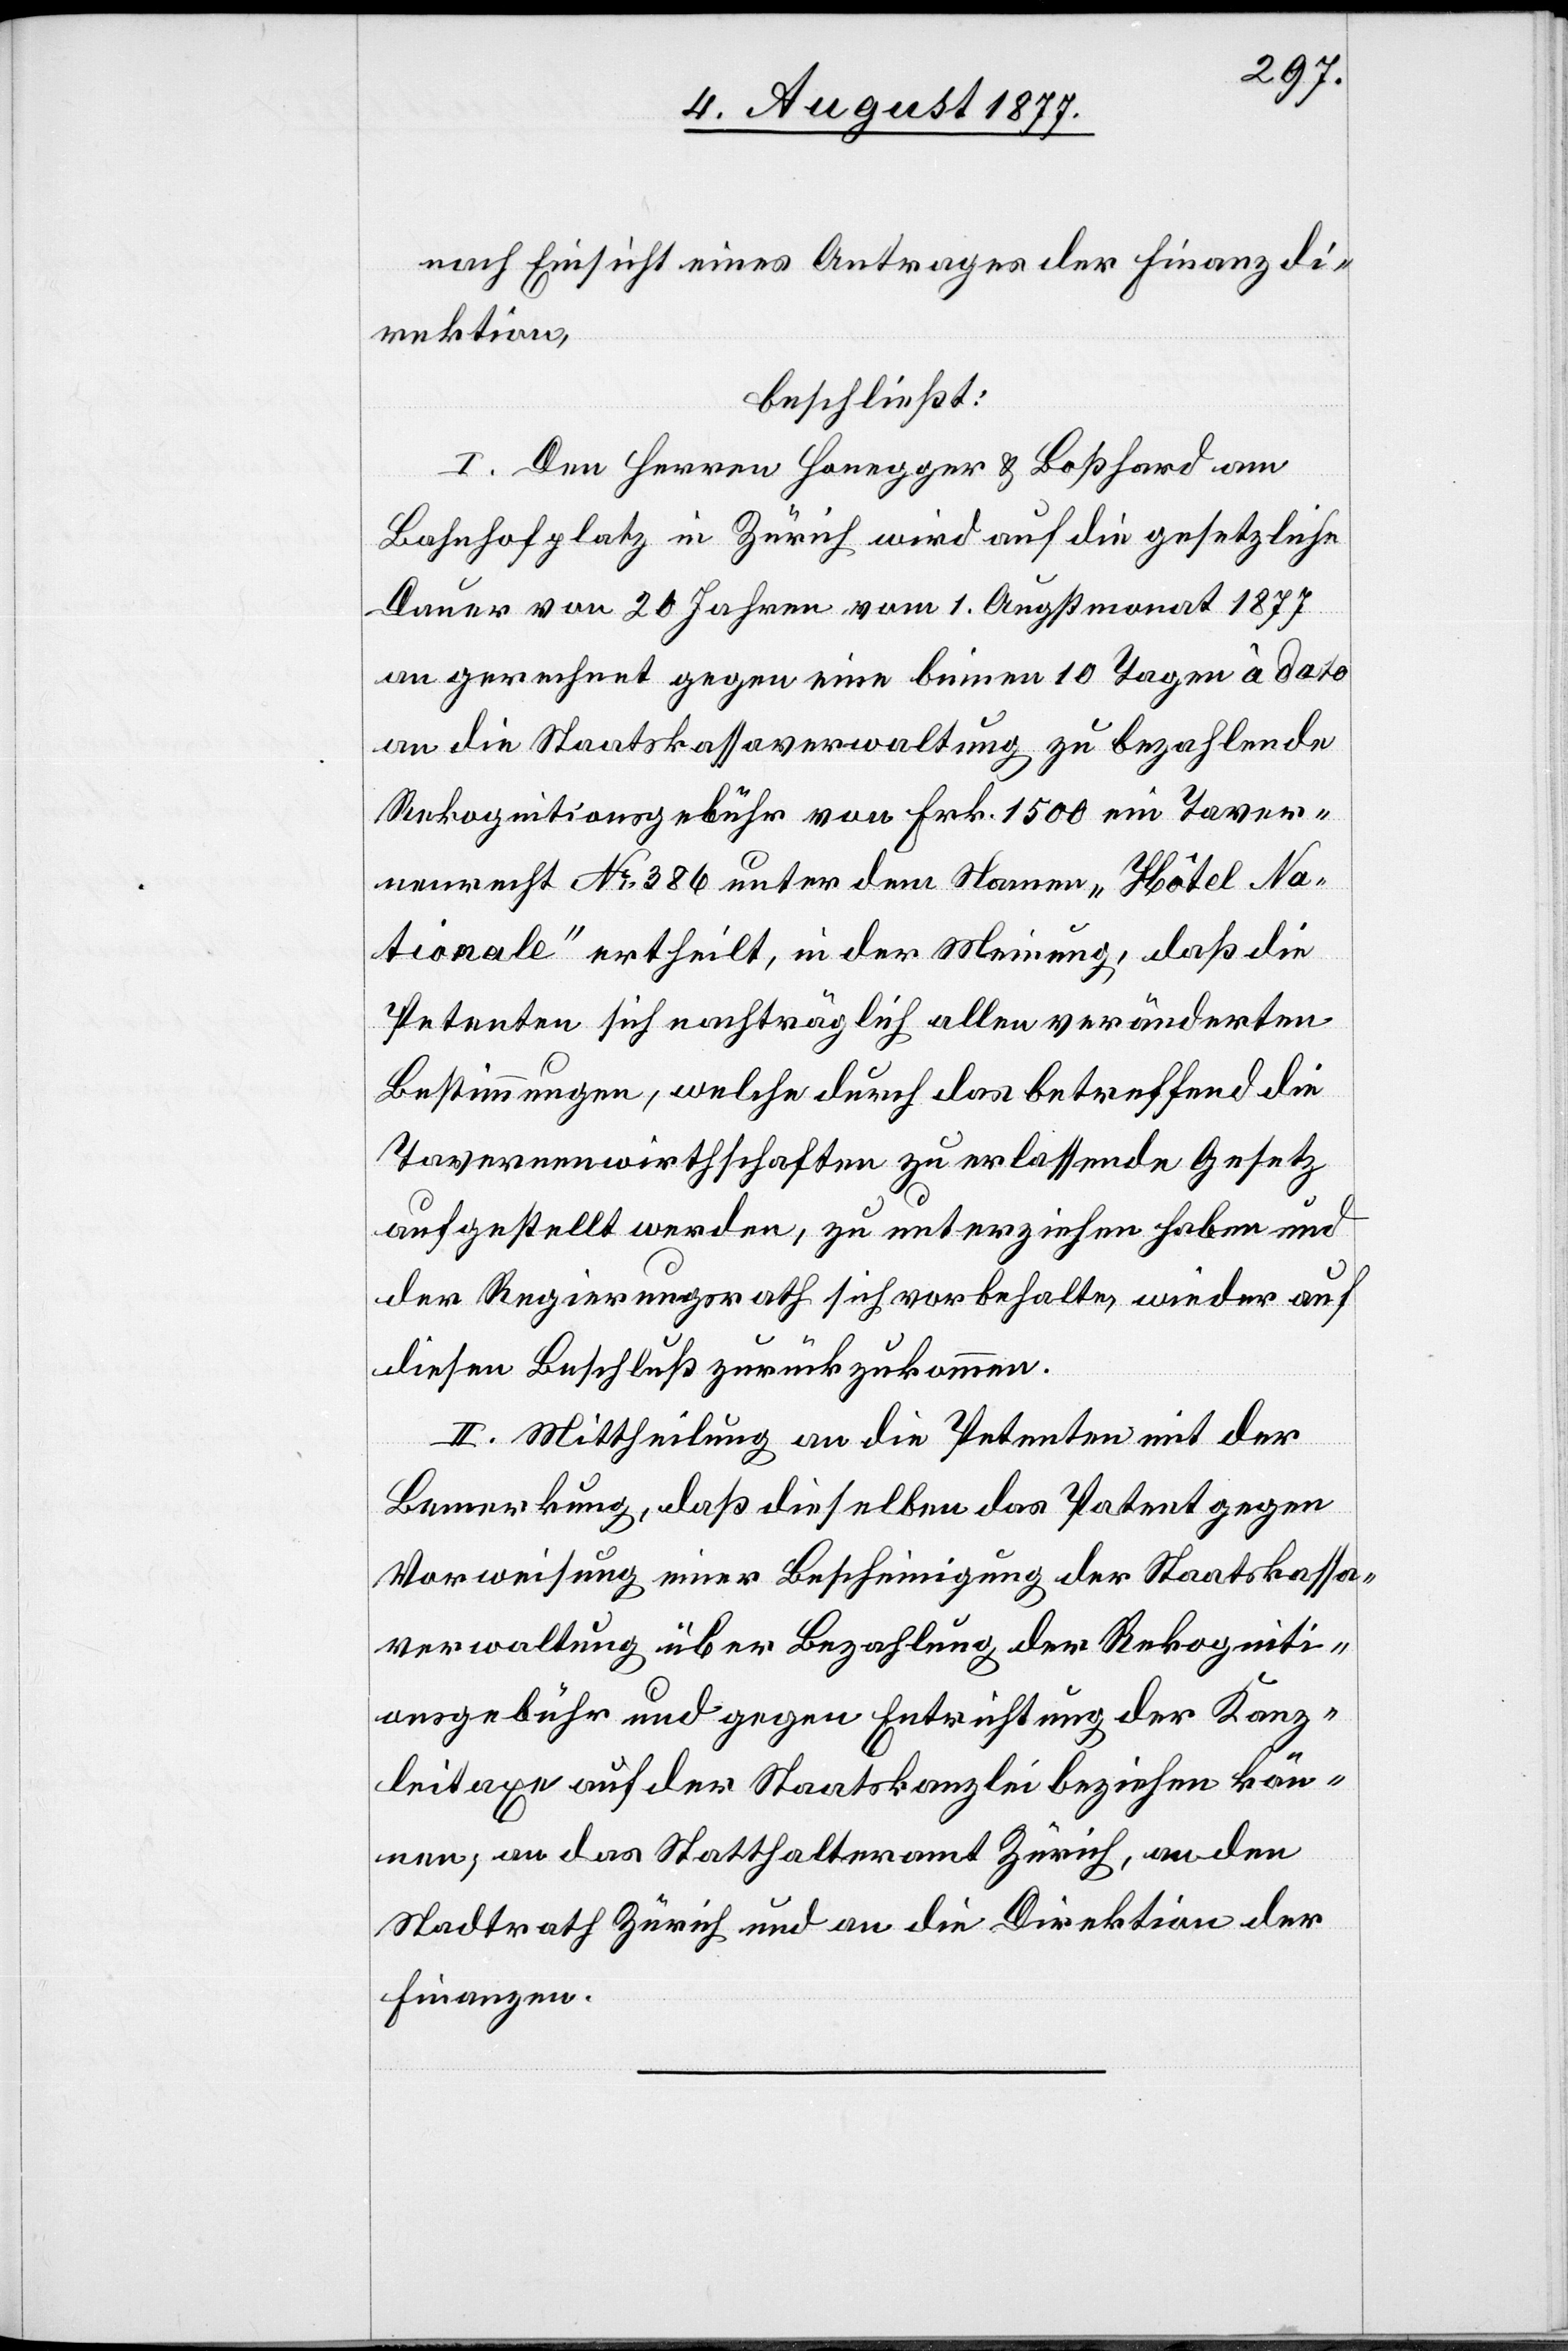
nach Einsicht eines Antrages der Finanzdi¬
rektion,
beschließt:
I. Den Herren Honegger & Boßhard am
Bahnhofplatz in Zürich wird auf die gesetzliche
Dauer von 20 Jahren vom 1. Augstmonat 1877
an gerechnet gegen eine binnen 10 Tagen à dato
an die Staatskassaverwaltung zu bezahlende
Rekognitionsgebühr von Frk. 1500 ein Taver¬
nenrecht No 386 unter dem Namen „Hôtel Na¬
tionale“ ertheilt, in der Meinung, daß die
Petenten sich nachträglich allen veränderten
Bestimmungen, welche durch das betreffend die
Tavernenwirthschaften zu erlassende Gesetz
aufgestellt werden, zu unterziehen haben und
der Regierungsrath sich vorbehalte, wieder auf
diesen Beschluß zurückzukommen.
II. Mittheilung an die Petenten mit der
Bemerkung, daß dieselben das Patent gegen
Vorweisung einer Bescheinigung der Staatskassa¬
verwaltung über Bezahlung der Rekogniti¬
onsgebühr und gegen Entrichtung der Kanz¬
leitaxe auf der Staatskanzlei beziehen kön¬
nen; an das Statthalteramt Zürich, an den
Stadtrath Zürich und an die Direktion der
Finanzen.